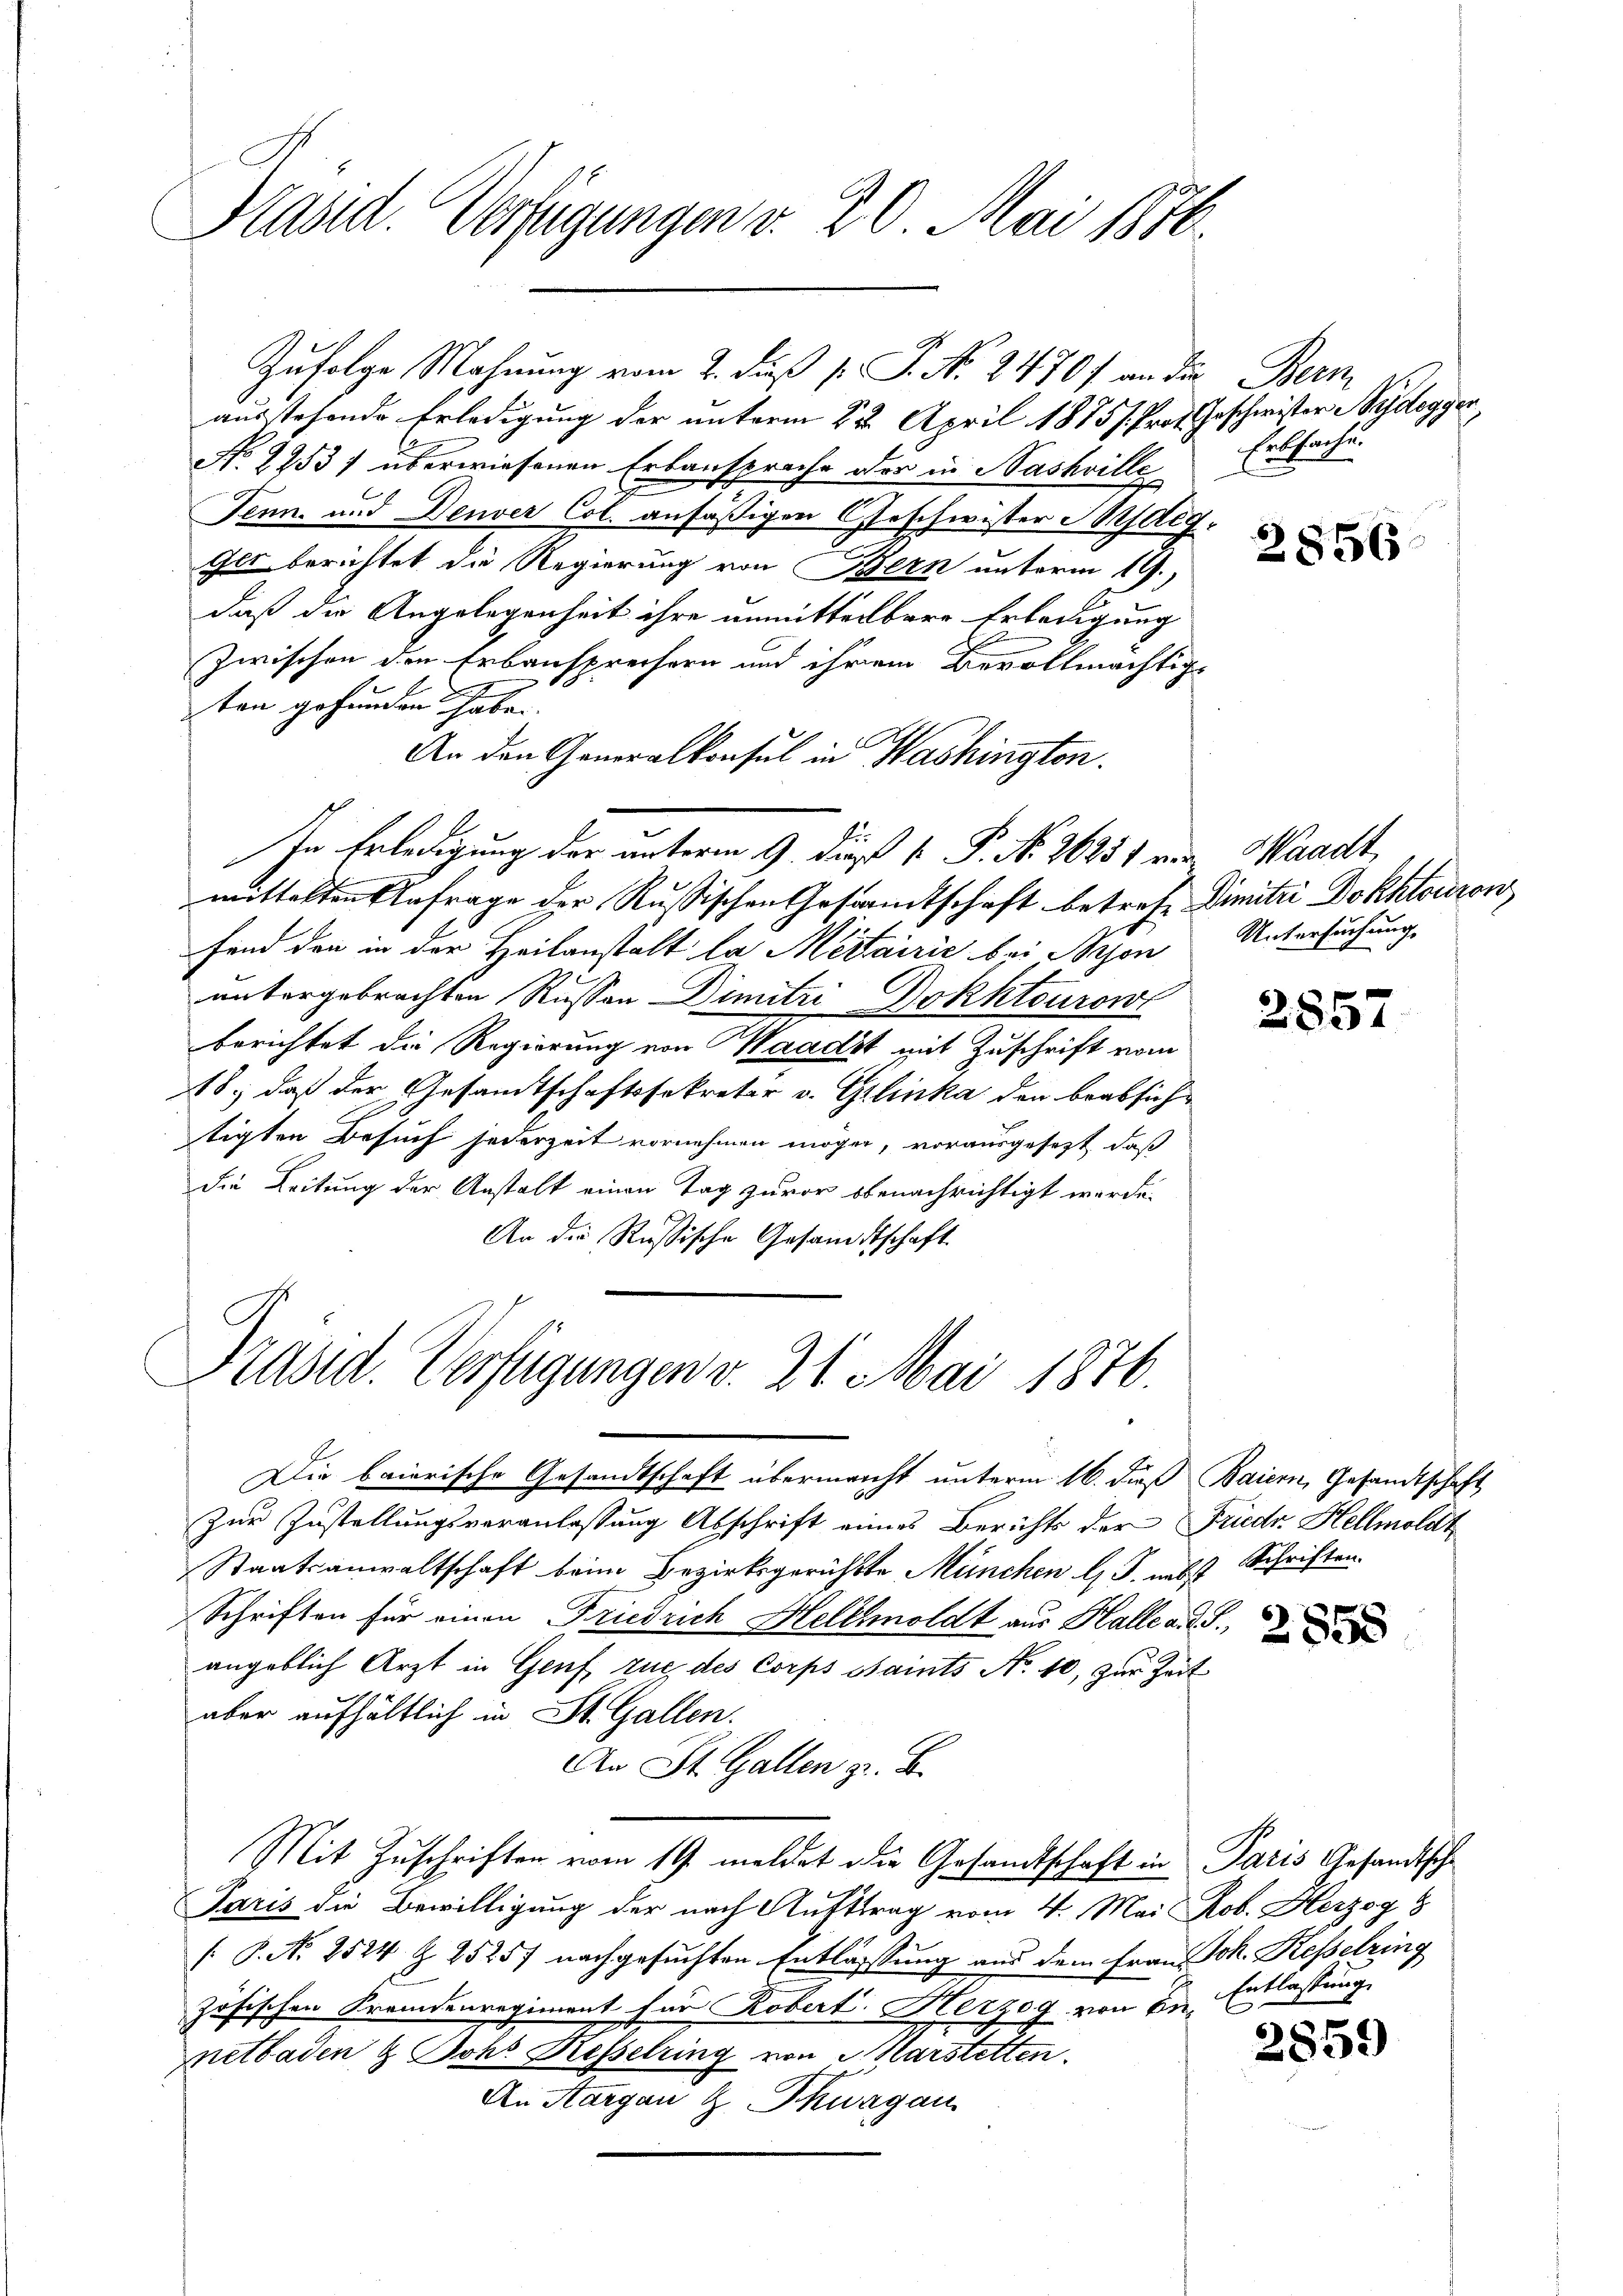
Präsid. Verfügungen v. 20. Mai 1876.

austehende Erledigung der unterm 22. April 1875 /. Prof. Geschwister Nydegger,
No 2253/ überwiesenen Erbansprache der in Nashrille
Tenn- und Denver Col. ansäßigen Geschwister Srdig,
Ilt berichtet die Regierung von Bern unterm 19.
daß die Angelegenheit ihre unmittelbare Erledigung
Zwischen den Erbausprechern und ihrem Bevollmächtig-
ten gefunden habe.
An den Generalkonsul in Washington.
In Erledigung der unterm 9. die 1. P. No 26251 von Waadt,
mittelten Anfrage der Russischen Gesandtschaft betreff Dimitii Dokhtouron
fend den in der Heilanstalt la Mertairić bei Bren
untergebrachten Russen Dimitzi Dokhtouron
berichtet die Regierung von Waadt mit Zuschrift vom
18., daß der Gesamtschaftssekretär v. Gilinka den beabsich
tigten Besuch jederzeit vornehmen mögen, vorausgesezt, daß
die Leitung der Anstalt einen Tag zuvor obenachrichtigt werde.
An die Russische Gesandtschaft.

Zufolge Mahnung vom 2. Fuß p. P. No. 2470/ an die Bern

Präsid. Verfügungen v. 21. Mai 1876.

Die baierische Gesandtschaft übermacht unterm 16. dieß Baiern, Gesandtschaft

Erbsache.

Zur Zustellungsveranlassung Abschrift eines Berichts der Friedr. Hellmoldt
Staatsanwaltschaft beim Bezirksgerichtte München l. J. nebst Schriften.
Schriften für einen Friedrich Heltholdt aus Halle a. g. T.,
angeblich Arzt in Genf, zue des Corps Saints No. 10, zur Zeit
aber aufhältlich in St. Gallen.
An St. Gallen z. B.
Mit Zuschriften vom 19. meldet die Gesandtschaft in Paris Gesandtsch
Paris die Bewilligung der nach Auftrag vom 4. Mai Rob. Herzog 8
[ P. Nr. 2524 § 2525f nachgesuchten Entlassung aus dem Frau Joh. Kesselring
zösischen Fremdenregiment für Robert Herzog von in Entlassung
netbaden & Johs. Resselring von Harstetten.
An Aargau & Thurgau

2856

Untersuchung.

2857.

2858

2859